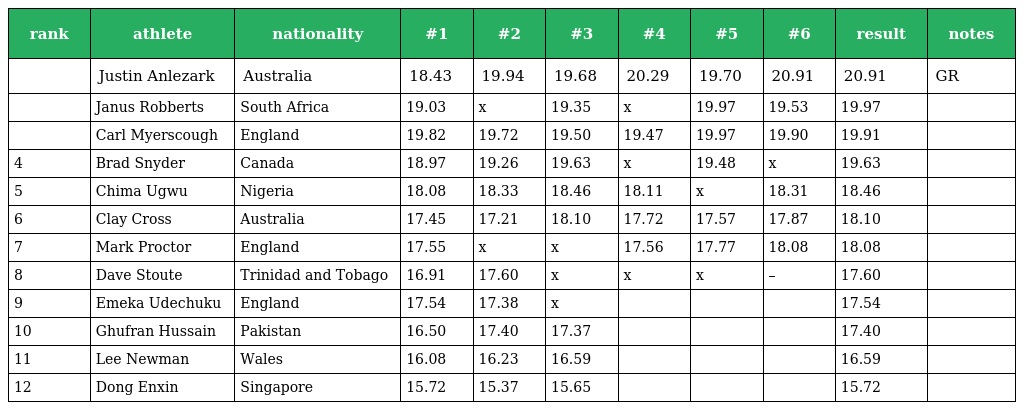
| rank | athlete | nationality | #1 | #2 | #3 | #4 | #5 | #6 | result | notes |
 | --- | --- | --- | --- | --- | --- | --- | --- | --- | --- | --- |
 |  | Justin Anlezark | Australia | 18.43 | 19.94 | 19.68 | 20.29 | 19.70 | 20.91 | 20.91 | GR |
 |  | Janus Robberts | South Africa | 19.03 | x | 19.35 | x | 19.97 | 19.53 | 19.97 |  |
 |  | Carl Myerscough | England | 19.82 | 19.72 | 19.50 | 19.47 | 19.97 | 19.90 | 19.91 |  |
 | 4 | Brad Snyder | Canada | 18.97 | 19.26 | 19.63 | x | 19.48 | x | 19.63 |  |
 | 5 | Chima Ugwu | Nigeria | 18.08 | 18.33 | 18.46 | 18.11 | x | 18.31 | 18.46 |  |
 | 6 | Clay Cross | Australia | 17.45 | 17.21 | 18.10 | 17.72 | 17.57 | 17.87 | 18.10 |  |
 | 7 | Mark Proctor | England | 17.55 | x | x | 17.56 | 17.77 | 18.08 | 18.08 |  |
 | 8 | Dave Stoute | Trinidad and Tobago | 16.91 | 17.60 | x | x | x | – | 17.60 |  |
 | 9 | Emeka Udechuku | England | 17.54 | 17.38 | x |  |  |  | 17.54 |  |
 | 10 | Ghufran Hussain | Pakistan | 16.50 | 17.40 | 17.37 |  |  |  | 17.40 |  |
 | 11 | Lee Newman | Wales | 16.08 | 16.23 | 16.59 |  |  |  | 16.59 |  |
 | 12 | Dong Enxin | Singapore | 15.72 | 15.37 | 15.65 |  |  |  | 15.72 |  |